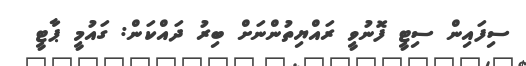
ސިފައިން ސިޓީ ފޮނުވީ ރައްޔިތުންނަށް ބިރު ދައްކަން: ގައުމީ ޕާޓީ